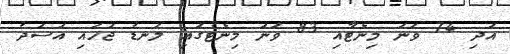
އަދި 74 ވަނަ މިނެޓާއި 83 ވަނަ މިނެޓުގައި ލަނޑު ޖަހައި އަސަދު